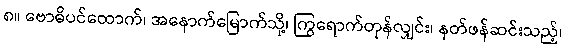
၈။ ဗောဓိပင်ထောက်၊ အနောက်မြောက်သို့၊ ကြွရောက်တုန်လျှင်း၊ နတ်ဖန်ဆင်းသည့်၊